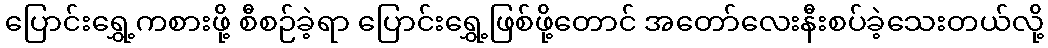
ပြောင်းရွှေ့ကစားဖို့ စီစဉ်ခဲ့ရာ ပြောင်းရွှေ့ဖြစ်ဖို့တောင် အတော်လေးနီးစပ်ခဲ့သေးတယ်လို့